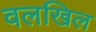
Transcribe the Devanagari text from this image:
वलखिल